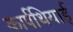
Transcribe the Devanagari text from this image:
कार्पथियाई